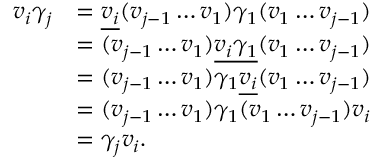
\begin{array} { r l } { v _ { i } \gamma _ { j } } & { = \underline { { v _ { i } } } ( v _ { j - 1 } \ldots v _ { 1 } ) \gamma _ { 1 } ( v _ { 1 } \ldots v _ { j - 1 } ) } \\ & { = ( v _ { j - 1 } \ldots v _ { 1 } ) \underline { { v _ { i } \gamma _ { 1 } } } ( v _ { 1 } \ldots v _ { j - 1 } ) } \\ & { = ( v _ { j - 1 } \ldots v _ { 1 } ) \gamma _ { 1 } \underline { { v _ { i } } } ( v _ { 1 } \ldots v _ { j - 1 } ) } \\ & { = ( v _ { j - 1 } \ldots v _ { 1 } ) \gamma _ { 1 } ( v _ { 1 } \ldots v _ { j - 1 } ) v _ { i } } \\ & { = \gamma _ { j } v _ { i } . } \end{array}